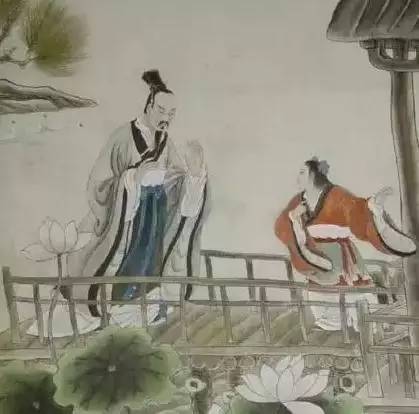
事无终始，无务多业。